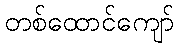
တစ်ထောင်ကျော်